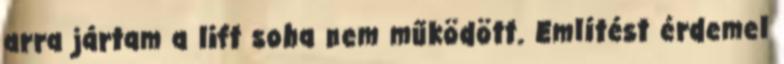
arra jártam a lift soha nem működött. Említést érdemel